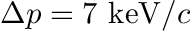
\Delta p = 7 ~ \mathrm { k e V } / c